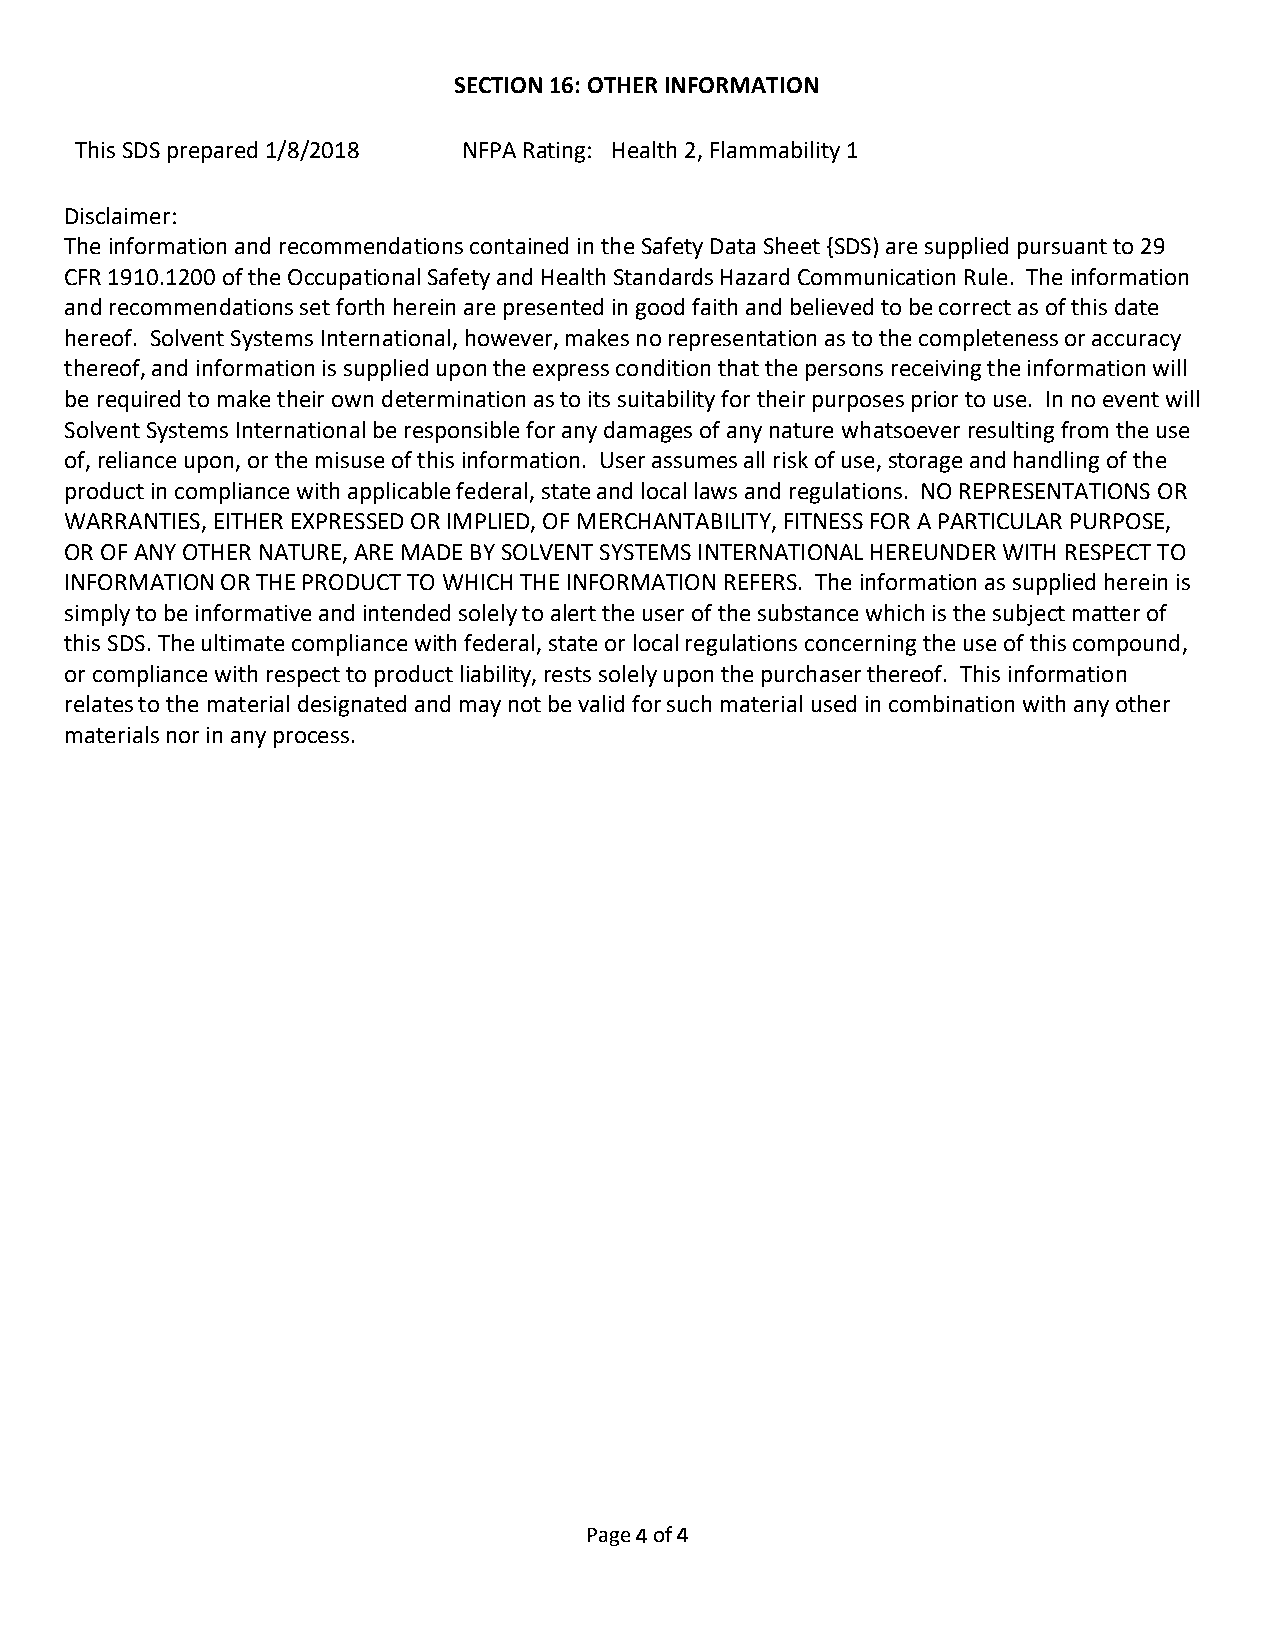
SECTION 16: OTHER INFORMATION
 This SDS prepared 1/8/2018 NFPA Rating: Health 2, Flammability 1
 Disclaimer:
 The information and recommendations contained in the Safety Data Sheet {SDS) are supplied pursuant to 29
 CFR 1910.1200 of the Occupational Safety and Health Standards Hazard Communication Rule. The information
 and recommendations set forth herein are presented in good faith and believed to be correct as of this date
 hereof. Solvent Systems International, however, makes no representation as to the completeness or accuracy
 thereof, and information is supplied upon the express condition that the persons receiving the information will
 be required to make their own determination as to its suitability for their purposes prior to use. In no event will
 Solvent Systems International be responsible for any damages of any nature whatsoever resulting from the use
 of, reliance upon, or the misuse of this information. User assumes all risk of use, storage and handling of the
 product in compliance with applicable federal, state and local laws and regulations. NO REPRESENTATIONS OR
 WARRANTIES, EITHER EXPRESSED OR IMPLIED, OF MERCHANTABILITY, FITNESS FOR A PARTICULAR PURPOSE,
 OR OF ANY OTHER NATURE, ARE MADE BY SOLVENT SYSTEMS INTERNATIONAL HEREUNDER WITH RESPECT TO
 INFORMATION OR THE PRODUCT TO WHICH THE INFORMATION REFERS. The information as supplied herein is
 simply to be informative and intended solely to alert the user of the substance which is the subject matter of
 this SDS. The ultimate compliance with federal, state or local regulations concerning the use of this compound,
 or compliance with respect to product liability, rests solely upon the purchaser thereof. This information
 relates to the material designated and may not be valid for such material used in combination with any other
 materials nor in any process.
 Page 4 of 4